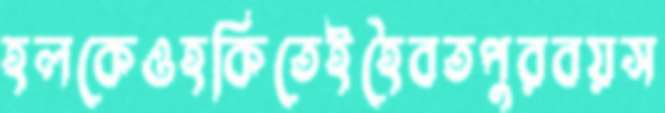
হলকেওহকিতেইহৈবতপুরবয়স